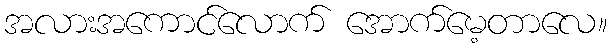
အလားအကောင်လောက် အောက်မေ့တာလေ။